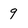
Character: 9